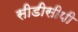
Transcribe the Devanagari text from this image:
सीडीसीपी